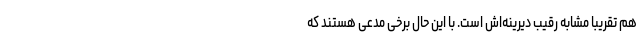
هم تقریبا مشابه رقیب دیرینه‌اش است. با این حال برخی مدعی هستند که